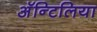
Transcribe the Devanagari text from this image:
अॅन्टिलिया